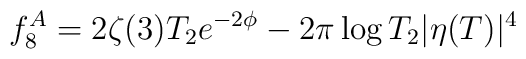
f_8^A = 2\zeta(3) T_2 e^{-2\phi} - 2\pi\log T_2 |\eta(T)|^4